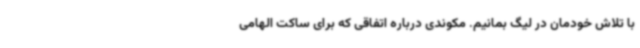
با تلاش خودمان در لیگ بمانیم. مکوندی درباره اتفاقی که برای ساکت الهامی